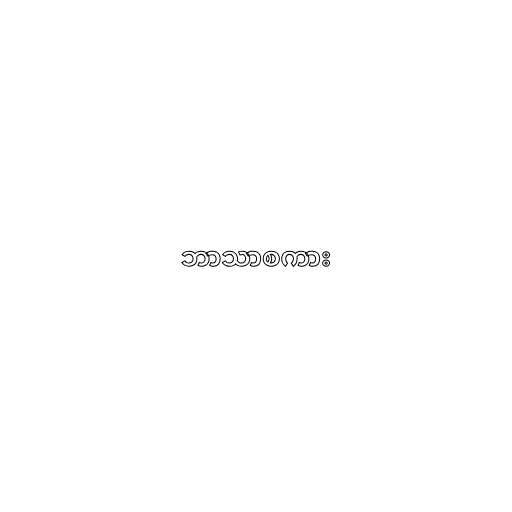
ဘာသာစကား